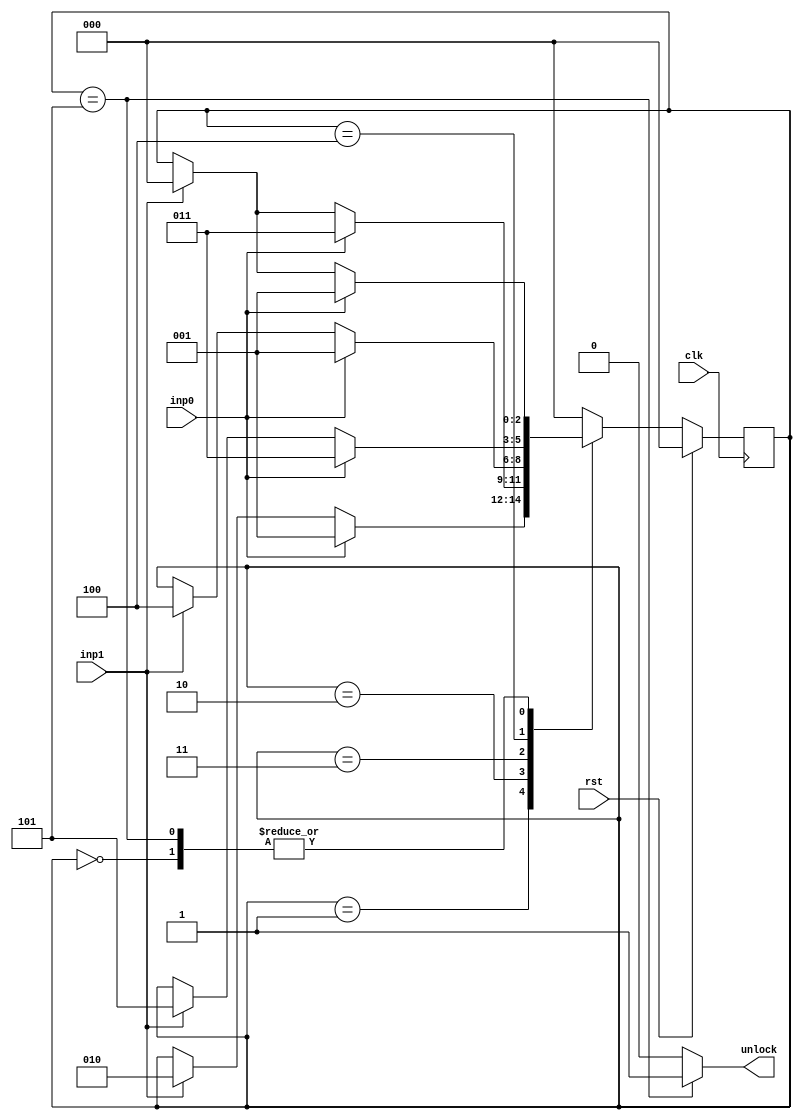
`timescale 1ns / 1ps
//////////////////////////////////////////////////////////////////////////////////
// Company: 
// Engineer: 
// 
// Design Name: 
// Module Name: LockDesign
// Project Name: 
// Target Devices: 
// Tool Versions: 
// Description: 
// 
// Dependencies: 
// 
// Revision:
// Revision 0.01 - File Created
// Additional Comments:
// 
//////////////////////////////////////////////////////////////////////////////////


module lock(clk,rst,inp0,inp1,unlock);
  input clk,rst;
  input inp0, inp1;
  output reg unlock;
  
  reg [2:0] curr_state;
  reg [2:0] next_state;

  parameter [2:0] state_rst=3'b000;
  parameter [2:0] s1=3'b001;
  parameter [2:0] s2=3'b010;
  parameter [2:0] s3=3'b011;
  parameter [2:0] s4=3'b100;
  parameter [2:0] s5=3'b101;

  always @(posedge clk)
	begin
		if (rst)
			curr_state=state_rst;
		else
			curr_state=next_state;
	end

  always @(curr_state,inp0,inp1)
	begin
      case(curr_state)
        state_rst: next_state = inp0 ? s1 : inp1 ? state_rst : curr_state;
        s1: next_state = inp0 ? s1 : inp1 ? s2 : curr_state;
        s2: next_state = inp0 ? s3 : inp1 ? state_rst : curr_state;
        s3: next_state = inp0 ? s1 : inp1 ? s4 : curr_state;
        s4: next_state = inp0 ? s3 : inp1 ? s5 : curr_state;
        s5: next_state = inp0 ? s1 : inp1 ? state_rst : curr_state;
        default: next_state = state_rst;
      endcase
    end


  always @(curr_state)
    begin
      case(curr_state)
        state_rst : unlock<=1'b0;
        s1 : unlock<=1'b0;
        s2 : unlock<=1'b0;
        s3 : unlock<=1'b0;
        s4 : unlock<=1'b0;
        s5 : unlock<=1'b1;
        default : unlock<=1'b0;
      endcase
    end
endmodule


//For lock to be open, unlock = 1
//Key -> 01011
// inp0 inp1 inp0 inp1 inp1